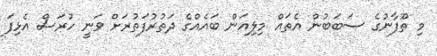
މި ތޫފާނުގެ ސަބަބުން އެތައް މިލިއަން ބައެއްގެ ދަތުރުފަތުރަށް ވަނީ ހުރަސް އެޅިފަ